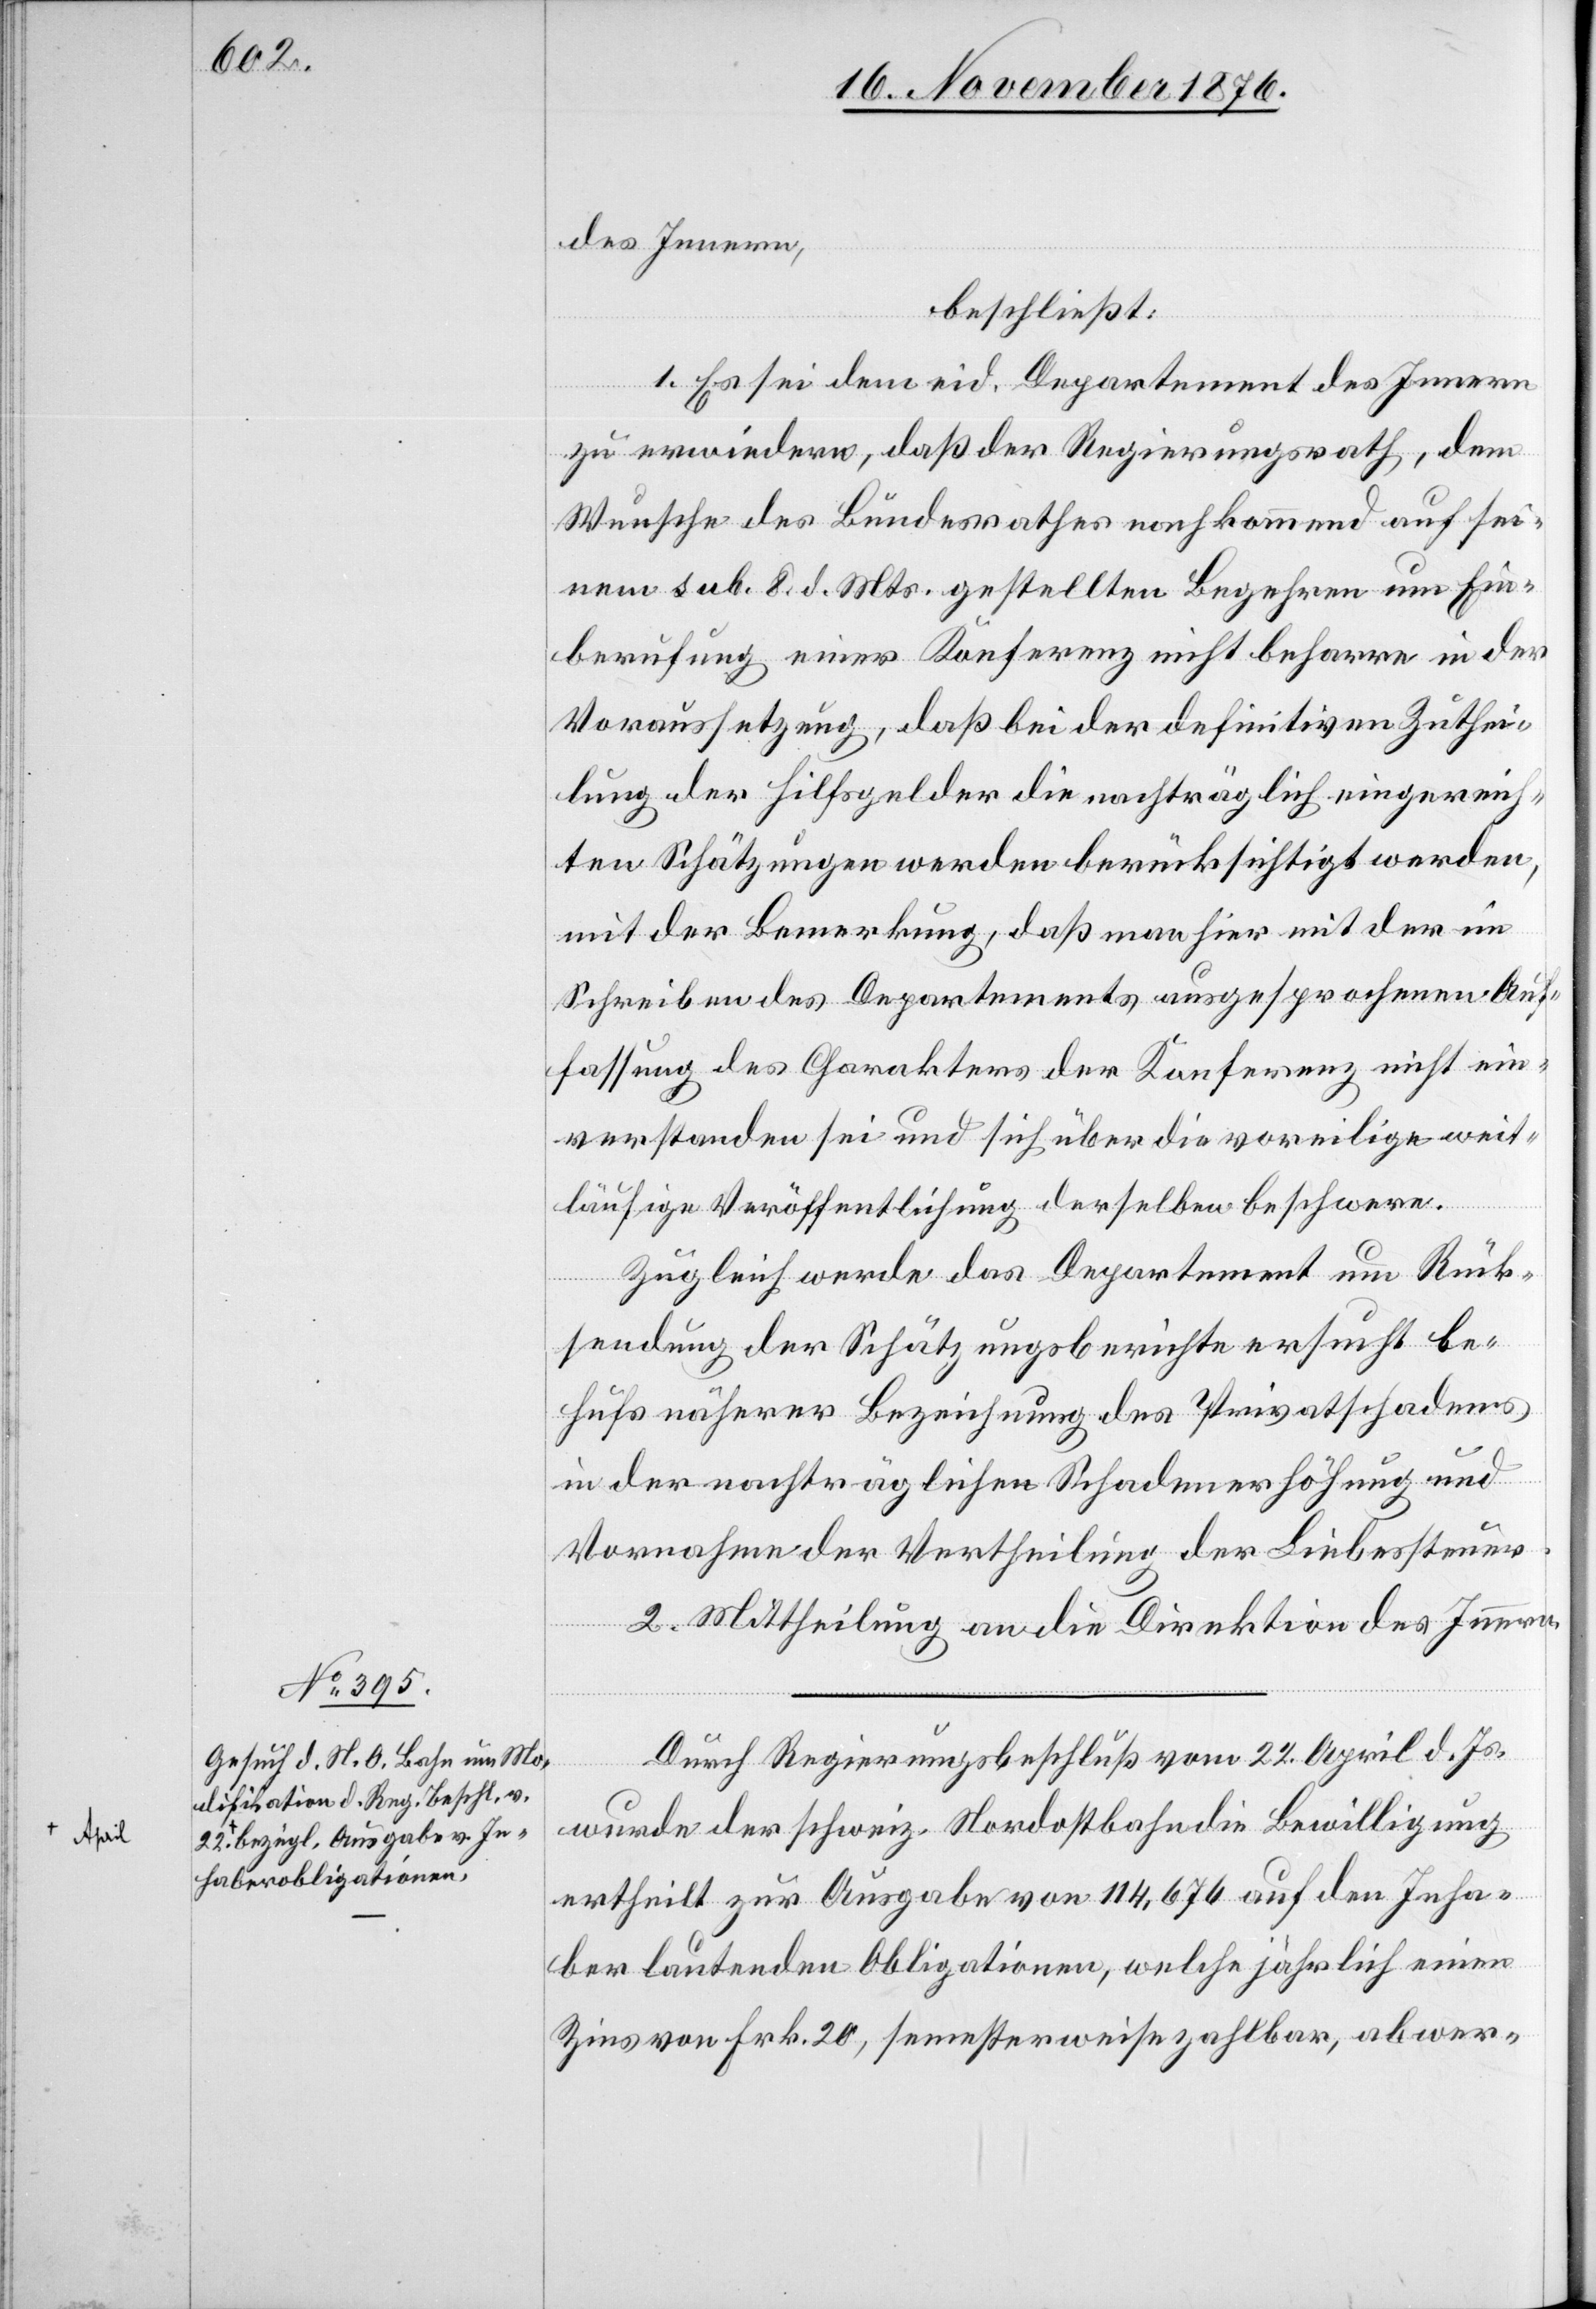
des Innern,
beschließt:
1. Es sei dem eid. Departement des Innern
zu erwiedern, daß der Regierungsrath, dem
Wunsche des Bundesrathes nachkommend auf sei¬
nen sub. 8. d. Mts. gestellten Begehren um Ein¬
berufung einer Konferenz nicht beharre in der
Voraussetzung, daß bei der definitiven Zuthei¬
lung der Hilfsgelder die nachträglich eingereich¬
ten Schätzungen werden berücksichtigt werden,
mit der Bemerkung, daß man hier mit der im
Schreiben des Departements ausgesprochenen Auf¬
fassung des Charakters der Konferenz nicht ein¬
verstanden sei und sich über die voreilige weit¬
läufige Veröffentlichung derselben beschwere.
Zugleich werde das Departement um Rück¬
sendung der Schätzungsberichte ersucht be¬
hufs näherer Bezeichnung des Privatschadens
in der nachträglichen Schadenerhöhung und
Vornahme der Vertheilung der Liebessteuer.
2. Mittheilung an die Direktion des Innern.
Durch Regierungsbeschluß vom 22. April d. Js.
wurde der schweiz. Nordostbahn die Bewilligung
ertheilt zur Ausgabe von 114,676 auf den Inha¬
ber lautenden Obligationen, welche jährlich einen
Zins von Frk. 20, semesterweise zahlbar, abwer-